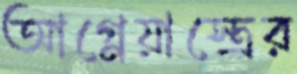
আগ্নেয়াস্ত্রের